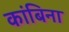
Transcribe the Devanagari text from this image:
कांबिना